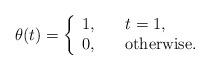
LaTeX: \begin{align*}\theta(t)=\left\{\begin{array}{ll}1, \quad & t=1,\\0,\quad & \mbox{otherwise}. \end{array}\right.\end{align*}